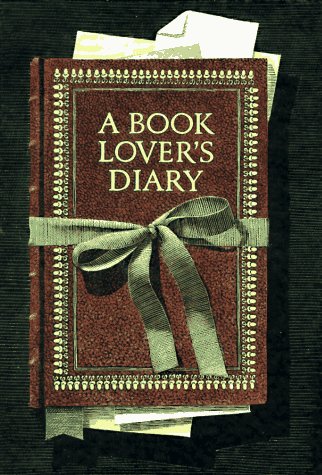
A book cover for A Book Lover's Diary; Crafts, Hobbies & Home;